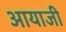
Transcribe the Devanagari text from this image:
आयाजी